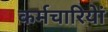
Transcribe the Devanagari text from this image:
कर्मचारियेां